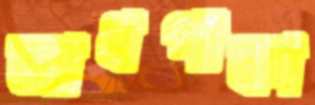
আধপাকা